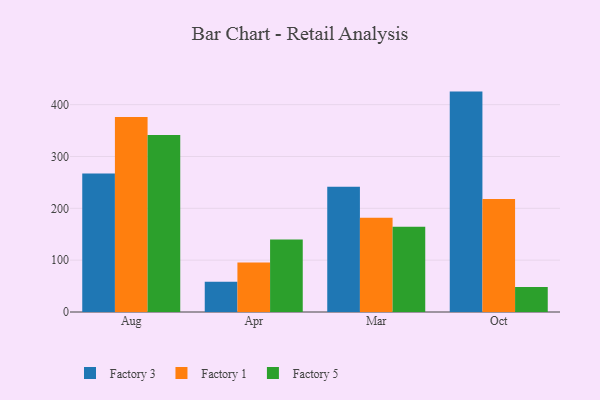
{"axis": {"x": "Month", "y": "Market Share (%)"}, "legend": ["Factory 1", "Factory 3", "Factory 5"], "data": [{"x": "Aug", "y": 267.2, "type": "Factory 3"}, {"x": "Aug", "y": 376.3, "type": "Factory 1"}, {"x": "Aug", "y": 341.5, "type": "Factory 5"}, {"x": "Apr", "y": 58.3, "type": "Factory 3"}, {"x": "Apr", "y": 95.5, "type": "Factory 1"}, {"x": "Apr", "y": 139.7, "type": "Factory 5"}, {"x": "Mar", "y": 241.6, "type": "Factory 3"}, {"x": "Mar", "y": 182.0, "type": "Factory 1"}, {"x": "Mar", "y": 164.3, "type": "Factory 5"}, {"x": "Oct", "y": 425.2, "type": "Factory 3"}, {"x": "Oct", "y": 218.1, "type": "Factory 1"}, {"x": "Oct", "y": 48.4, "type": "Factory 5"}]}